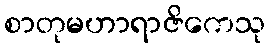
စာတုမဟာရာဇိကေသု